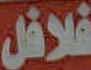
فلافل